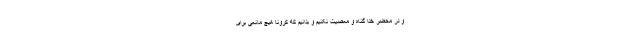
و در محضر خدا گناه و معصیت نکنیم و بدانیم که کرونا هیچ مانعی برای